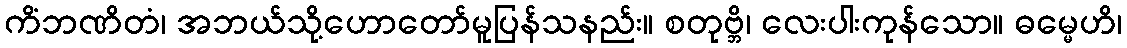
ကိံဘဏိတံ၊ အဘယ်သို့ဟောတော်မူပြန်သနည်း။ စတုဗ္ဘိ၊ လေးပါးကုန်သော။ ဓမ္မေဟိ၊